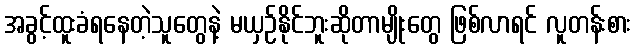
အခွင့်ထူးခံရနေတဲ့သူတွေနဲ့ မယှဉ်နိုင်ဘူးဆိုတာမျိုးတွေ ဖြစ်လာရင် လူတန်းစား